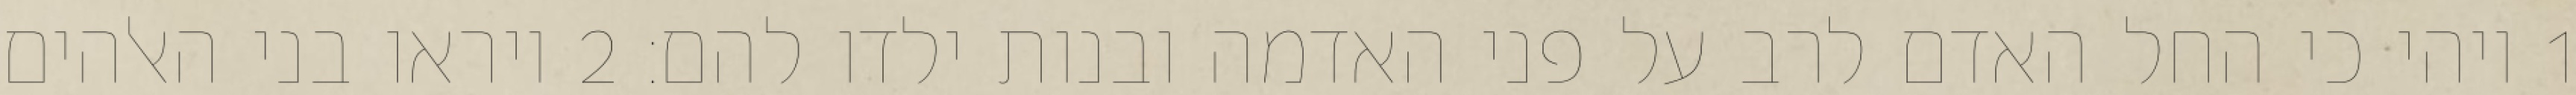
1 ויהי כי החל האדם לרב על פני האדמה ובנות ילדו להם׃ ‎2‏ ויראו בני האלהים